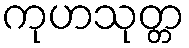
ကုဟသုတ္တ